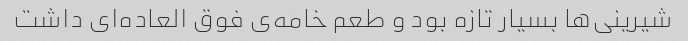
شیرینی‌ها بسیار تازه بود و طعم خامه‌ی فوق العاده‌ای داشت